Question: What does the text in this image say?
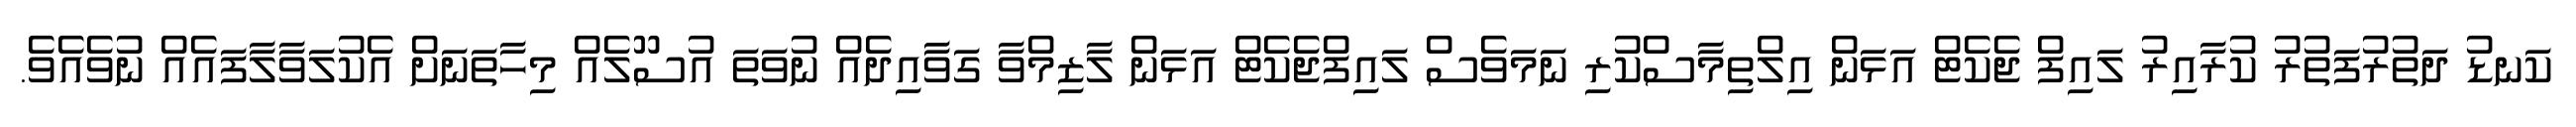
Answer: ކަނޑު ދަތުރުފަތުރު ކުރާއިރު ލައިފް ޖެކެޓް އަޅަން އިލްތިމާސްކުރި ނަމަވެސް ލައިފްޖެކެޓް އަޅަން ލާޒިމްވާ ގަވާއިދެއް ނުވަތަ އުސޫލެއް މިހާތަނަށް އެކުލަވާލާފައެއް ނުވެއެވެ.